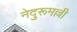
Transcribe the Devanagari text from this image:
नेदुरूमल्ली